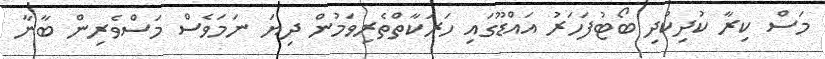
މަސް ކިރާ ކުދިކުދި ބޯޓުފަހަރު އައްޑޫގައި ހަރަކާތްތެރިވަމުން ދިޔަ ނަމަވެސް މަސްވެރިން ބާނާ